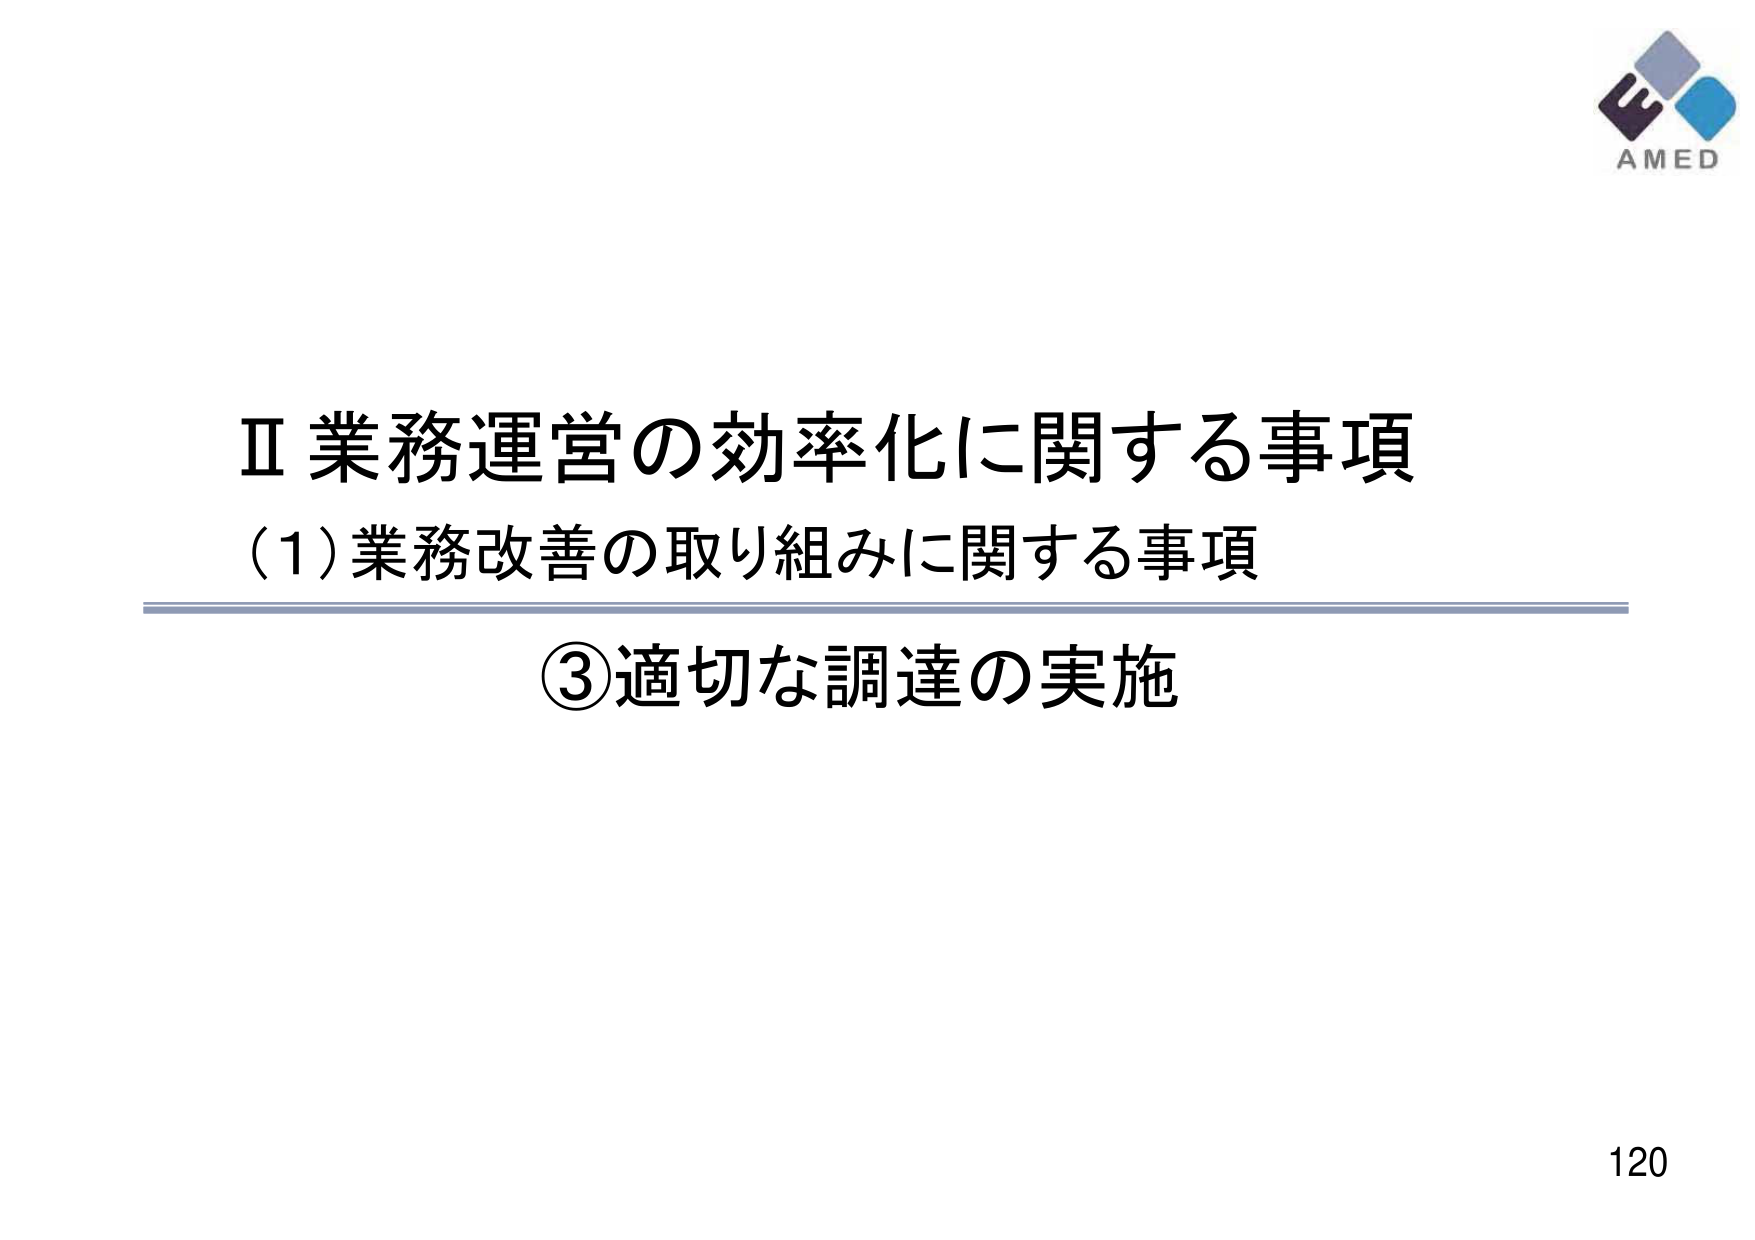
Ⅱ 業務運営の効率化に関する事項
(1) 業務改善の取り組みに関する事項
③ 適切な調達の実施
AMED
120